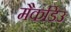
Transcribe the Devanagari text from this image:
मैकडिउ